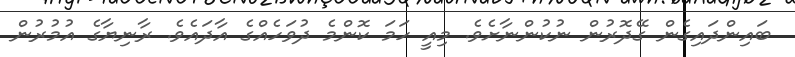
ބައިންދައިގެން ގޭދޮރުން ނުކުންނާށެވެ. މިއީ ހަމަ ކޮންމެ ދުވަހެއްގެ އާދައެވެ. ރާނިޔާގެ އުމުރުން